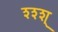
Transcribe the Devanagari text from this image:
श्श्श्